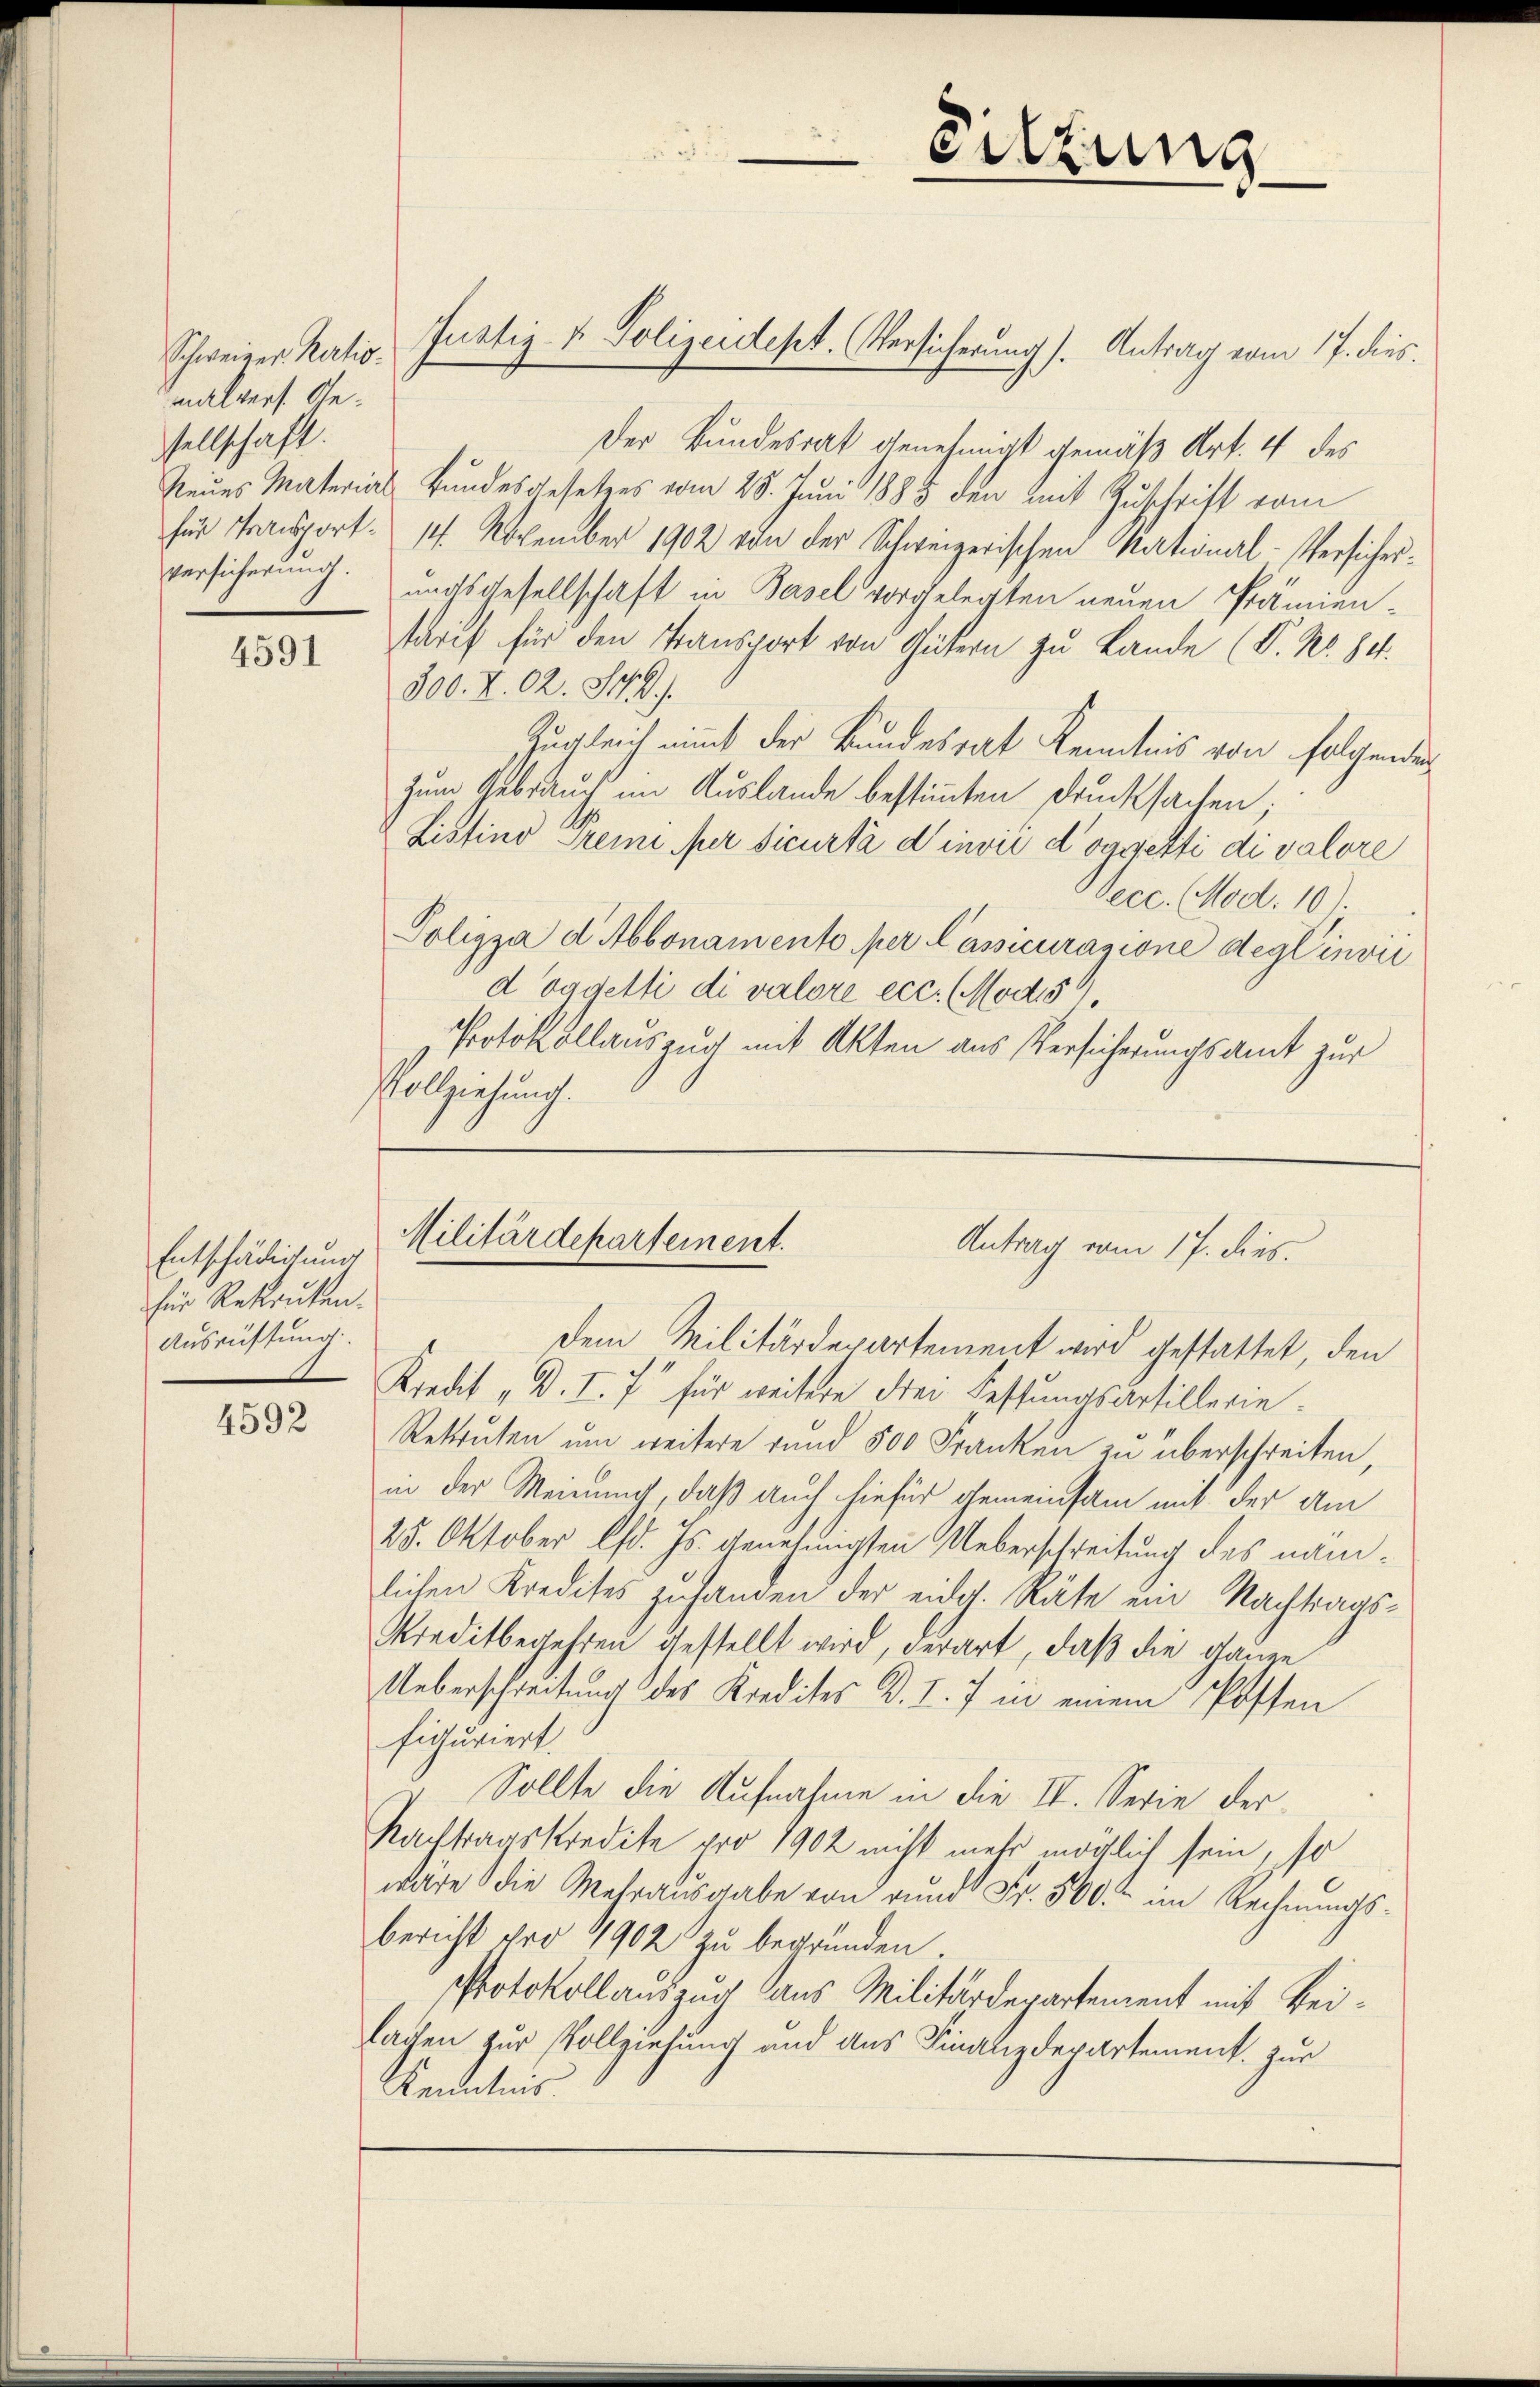
Schweizer Kertio
malvers. Gesellschaft.
versicherung.

4591

Entschädigung
für Rekruten.
Ausrüstung

4592

Justiz- & Polizeidept. (Versicherung). Antrag vom 17. dies

Sitzung

Militärdepartement.
Antrag vom 17. dies.
dem Militärdepartement wird gestattet, den

Der Bundesrat genehmigt gemäß Art. 4 des
Neues Material Bundesgesetzes vom 25. Juni 1883 den mit Zuschrift vom
für Transport: 14. November 1902 von der Schweizerischen National-Versicherungsgesellschaft in Basel vorgelegten neuen Prämien-
Tarif für den Transport von Gütern zu Lande (V. No. 81.
300. X. 02. St. G.
Zugleich mit der Bundesrat Kenntnis von folgenden
zum Gebrauch im Auslande bestimmten Drucksachen;
Listino Premi per sicurtà d’invii d’oggetti di valore
Oecc. (Mod. 10)
Polizza d. Abbonamento per Cassicurazione deglinvii
d oggetti di valore ecc. (Modis
Protokollauszug mit Akten aus Versicherungsamt zur
Volziehung.

Kredit „D. I. 7 für weitere drei Festungsartillerie.
Rekruten um weitere rund 500 Franken zu überschreiten,
in der Meinung, daß auch hiefür gemeinsam mit der Am
25. Oktober lfd. Js. genehmigten Ueberschreitung des nämlichen Kredites zu handen der eidg. Räte ein Nachtrags¬
Kreditbegehren gestellt wird, derart, daß die ganze
Ueberschreitung des Kredites B. I. 7 in einem Posten
figuriert.
Sollte die Aufnahme in die II. Serie der
Nachtragskredite pro 1902 nicht mehr möglich sein, so
wäre die Mehrausgabe von rundt Fr. 560. u im Rechnungsbericht pro 1902 zu begründen.
Protokollauszug aus Militärdepartement mit Beilagen zur Vollziehung und aus Finanzdepartement. zur
Kenntnis